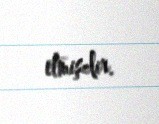
etmişdir.